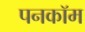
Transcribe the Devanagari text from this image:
पनकॉम